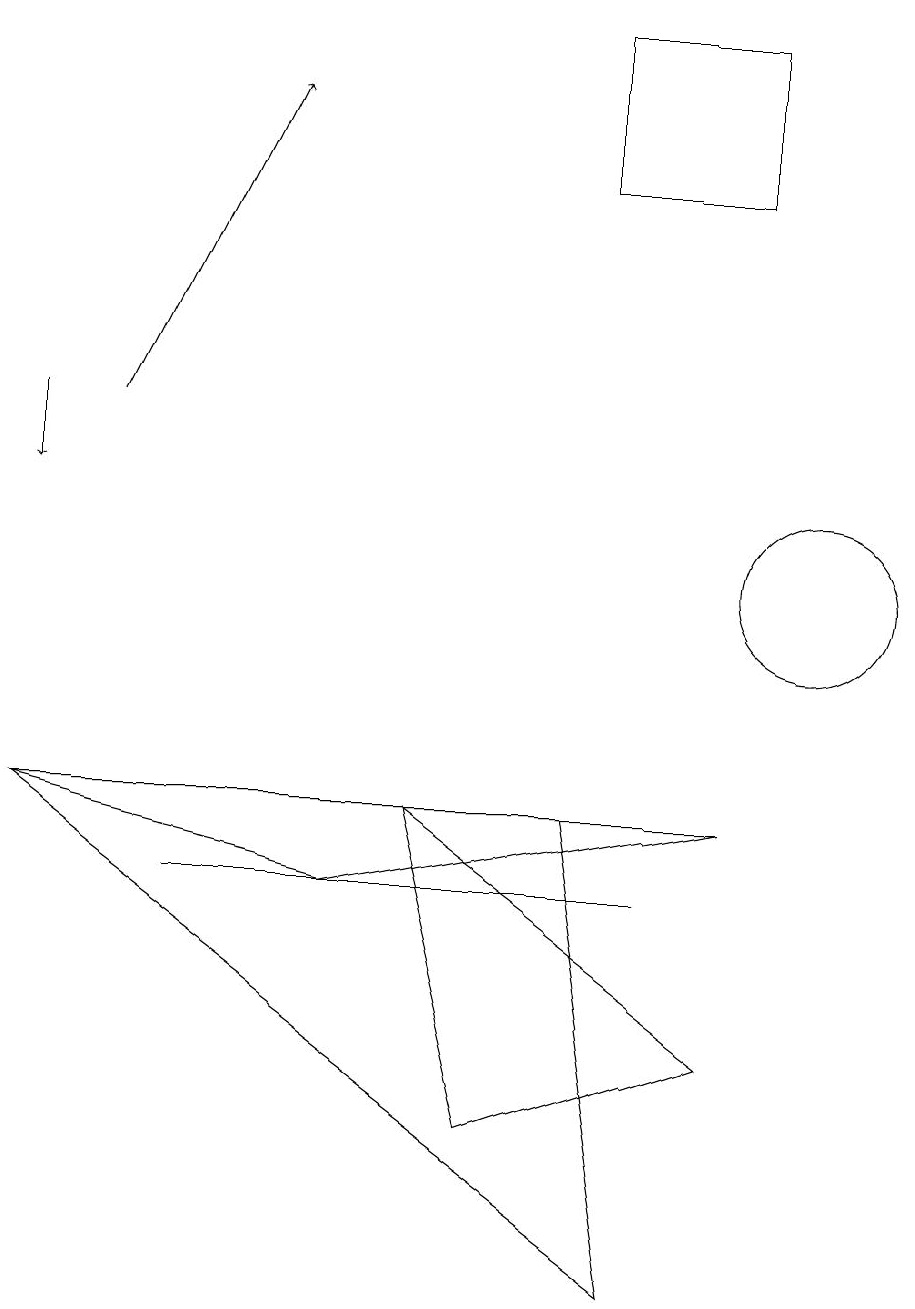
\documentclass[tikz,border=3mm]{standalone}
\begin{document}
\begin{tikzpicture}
\draw (9,9) -- (0,9) -- (4,8) -- cycle;
\draw (7,17) rectangle (9,19);
\draw (9,6) -- (5,9) -- (6,5) -- cycle;
\draw (7,9) -- (0,9) -- (8,3) -- cycle;
\draw[->] (0,14) -- (0,13);
\draw[->] (1,14) -- (3,18);
\draw (2,8) -- (8,8) -- (6,8) -- cycle;
\draw (10,12) circle (1);
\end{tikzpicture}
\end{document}